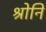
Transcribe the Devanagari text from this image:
श्रोनि